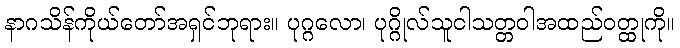
နာဂသိန်ကိုယ်တော်အရှင်ဘုရား။ ပုဂ္ဂလော၊ ပုဂ္ဂိုလ်သူငါသတ္တဝါအထည်ဝတ္ထုကို။